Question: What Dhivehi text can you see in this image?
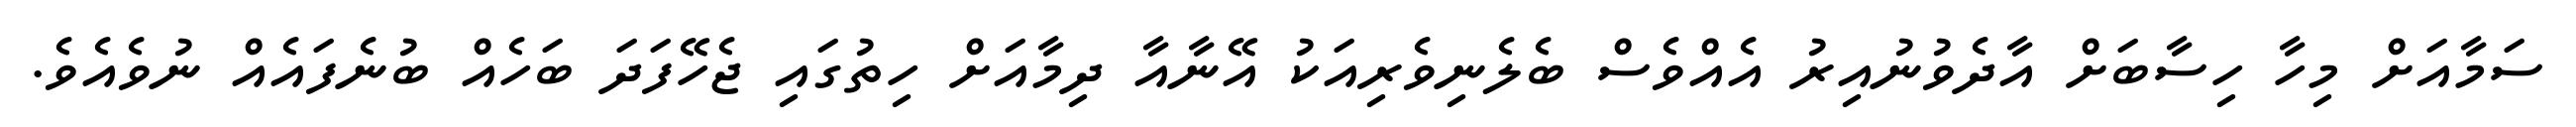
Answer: ސަމާއަށް މިހާ ހިސާބަށް އާދެވުނުއިރު އެއްވެސް ބެލެނިވެރިއަކު އޭނާއާ ދިމާއަށް ހިތުގައި ޖެހޭފަދަ ބަހެއް ބުނެފައެއް ނުވެއެވެ.